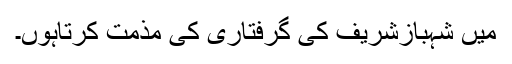
میں شہبازشریف کی گرفتاری کی مذمت کرتاہوں۔